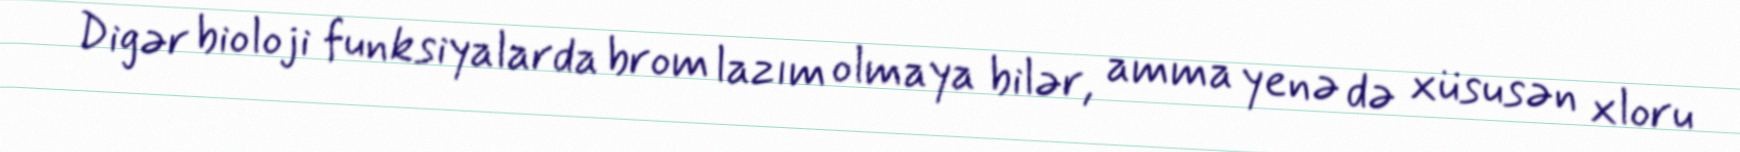
Digər bioloji funksiyalarda brom lazım olmaya bilər, amma yenə də xüsusən xloru